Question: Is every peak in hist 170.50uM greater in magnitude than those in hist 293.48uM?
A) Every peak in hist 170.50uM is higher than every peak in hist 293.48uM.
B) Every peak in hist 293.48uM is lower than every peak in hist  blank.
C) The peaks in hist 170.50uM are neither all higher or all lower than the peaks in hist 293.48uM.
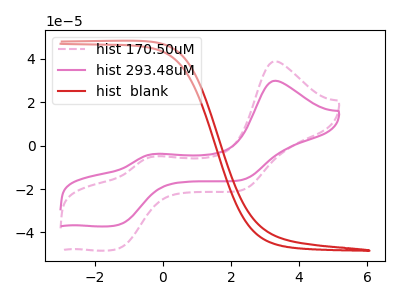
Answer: <think>The pink dashed curve "hist 170.50uM" has anodic peaks at (3.30V, 38.90uA) (-0.25V, -4.95uA) and cathodic peaks at (-1.30V, -47.40uA) (2.35V, -20.40uA). The pink curve "hist 293.48uM" has anodic peaks at (3.30V, 29.95uA) (-0.25V, -3.80uA) and cathodic peaks at (-1.30V, -36.50uA) (2.35V, -15.70uA). The red curve "hist  blank" has no peaks.</think>
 <answer>C) The peaks in "hist 170.50uM" are neither all higher or all lower than the peaks in "hist 293.48uM".</answer>
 <eval>C</eval>